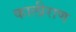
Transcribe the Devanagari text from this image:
कालीराण